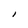
Character: l